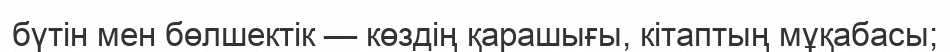
бүтін мен бөлшектік — көздің қарашығы, кітаптың мұқабасы;